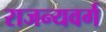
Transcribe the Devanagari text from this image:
राजन्यवर्ग